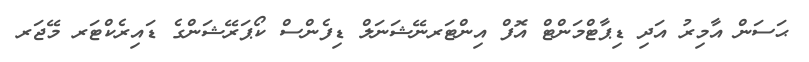
ޙަސަން އާމިރު އަދި ޑިޕާޓްމަންޓް އޮފް އިންޓަރނޭޝަނަލް ޑިފެންސް ކޯޕަރޭޝަންގެ ޑައިރެކްޓަރ މޭޖަރ